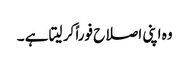
وہ اپنی اصلاح فوراً کر لیتا ہے ۔